画像に写った文字を読んでください
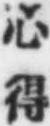
「心得」と書いてあります